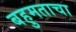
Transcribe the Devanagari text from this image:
बहुमताचा